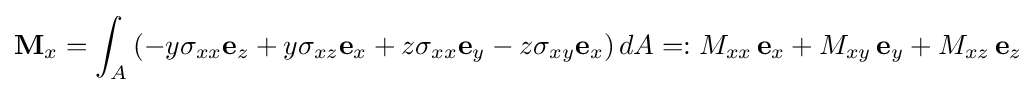
\mathbf {M} _{x}=\int _{A}\left(-y\sigma _{xx}\mathbf {e} _{z}+y\sigma _{xz}\mathbf {e} _{x}+z\sigma _{xx}\mathbf {e} _{y}-z\sigma _{xy}\mathbf {e} _{x}\right)dA=:M_{xx}\,\mathbf {e} _{x}+M_{xy}\,\mathbf {e} _{y}+M_{xz}\,\mathbf {e} _{z}